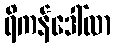
ရိကန်ဒေါ်လာ